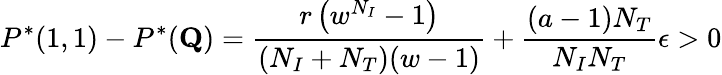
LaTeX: P^{*}(1,1)-P^{*}(\mathbf{Q})=\frac{r\left(w^{N_{I}}-1\right)}{(N_{I}+N_{T})(w-1)}+\frac{(a-1)N_{T}}{N_{I}N_{T}}\epsilon>0